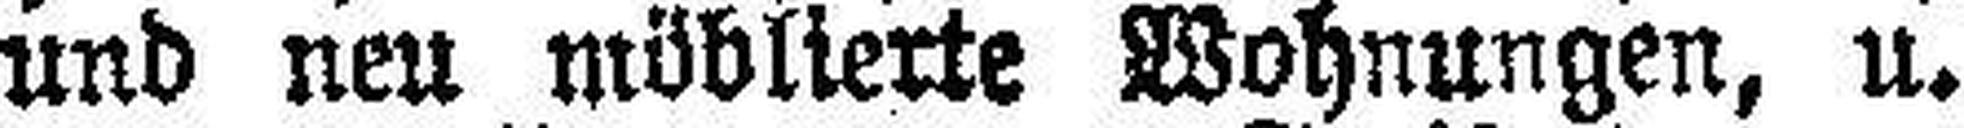
und neu möblierte Wohnungen, u.